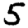
Digit: 5